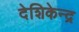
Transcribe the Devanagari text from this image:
देशिकेन्द्र